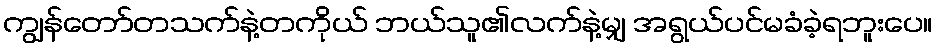
ကျွန်တော်တသက်နဲ့တကိုယ် ဘယ်သူ၏လက်နဲ့မျှ အရွယ်ပင်မခံခဲ့ရဘူးပေ။